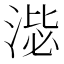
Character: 𣸢